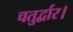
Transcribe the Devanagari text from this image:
चतुर्द्वार।